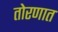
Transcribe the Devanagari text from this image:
तोरणात